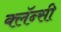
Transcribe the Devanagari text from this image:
क्लॅन्सी